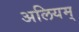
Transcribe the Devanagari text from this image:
अलियम्